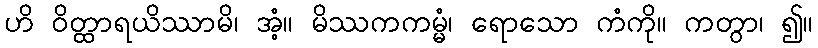
ဟိ ဝိတ္ထာရယိဿာမိ၊ အံ့။ မိဿကကမ္မံ၊ ရောသော ကံကို။ ကတွာ၊ ၍။